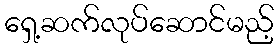
ရှေ့ဆက်လုပ်ဆောင်မည့်